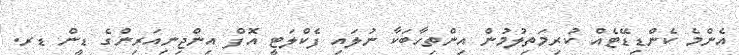
އެންމެ ކެންޑިޑޭޓެއް ކުރިމަތިލުމުން އިންތިހާބަކާ ނުލައި ފެކްލަޓީ އޮފް އިންޖިނިއަރިންގެ ޑީން ޑރ.